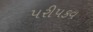
પરીપકવ